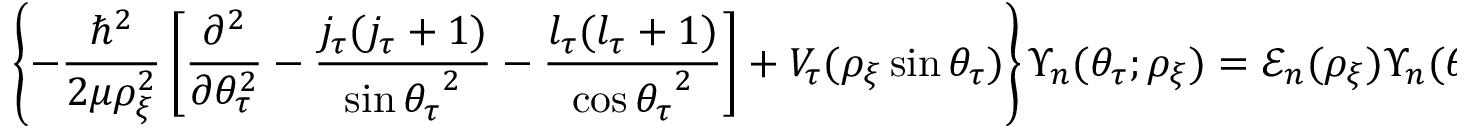
\left\{ - \frac { \hbar ^ { 2 } } { 2 \mu \rho _ { \xi } ^ { 2 } } \left[ \frac { \partial ^ { 2 } } { \partial \theta _ { \tau } ^ { 2 } } - \frac { j _ { \tau } ( j _ { \tau } + 1 ) } { \sin { \theta _ { \tau } } ^ { 2 } } - \frac { l _ { \tau } ( l _ { \tau } + 1 ) } { \cos { \theta _ { \tau } } ^ { 2 } } \right] + V _ { \tau } ( \rho _ { \xi } \sin { \theta _ { \tau } } ) \right\} \Upsilon _ { n } ( \theta _ { \tau } ; \rho _ { \xi } ) = \mathcal { E } _ { n } ( \rho _ { \xi } ) \Upsilon _ { n } ( \theta _ { \tau } ; \rho _ { \xi } ) ,